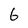
Character: 6